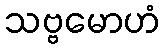
သဗ္ဗမောဟံ